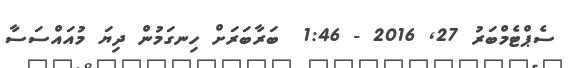
ސެޕްޓެމްބަރު 27